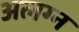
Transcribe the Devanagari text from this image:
अलग्न